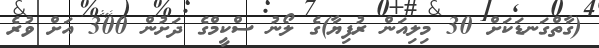
(ގާތްގަނޑަކަށް 30 މިލިއަން ރުފިޔާ)ގެ ލޯނު ސްކީމްގެ ދަށުން 300 އަށް ވުރެ